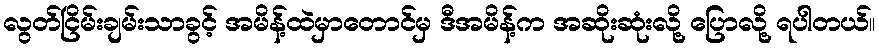
လွတ်ငြိမ်းချမ်းသာခွင့် အမိန့်ထဲမှာတောင်မှ ဒီအမိန့်က အဆိုးဆုံးလို့ ပြောလို့ ရပါတယ်။